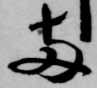
両